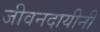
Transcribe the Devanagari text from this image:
जीवनदायीनी